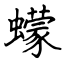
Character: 蠓